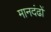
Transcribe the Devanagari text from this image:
मानदंढों